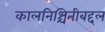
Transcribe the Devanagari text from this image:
कालनिश्चितीबद्दल